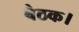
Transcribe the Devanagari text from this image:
बैठक।